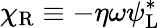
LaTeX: \chi_{\mathrm{{R}}}\equiv-\eta\omega\psi_{\mathrm{{L}}}^{*}